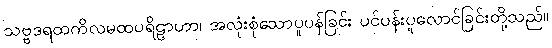
သဗ္ဗဒရထကိလမထပရိဠာဟာ၊ အလုံးစုံသောပူပန်ခြင်း ပင်ပန်းပူလောင်ခြင်းတို့သည်။